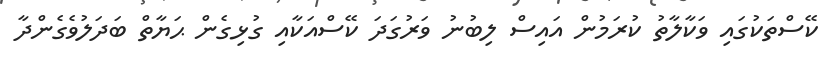
ކޭސްތަކުގައި ވަކާލާތު ކުރަމުން އައިސް ލިބުނު ވަރުގަދަ ކޭސްއަކާއި ގުޅިގެން ޙަޔާތް ބަދަލުވެގެންދާ